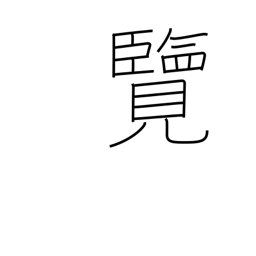
Meaning: inspect